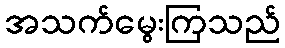
အသက်မွေးကြသည်